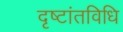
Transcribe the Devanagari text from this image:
दृष्टांतविधि